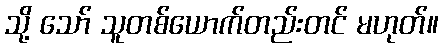
သို့ သော် သူတစ်ယောက်တည်းတင် မဟုတ်။